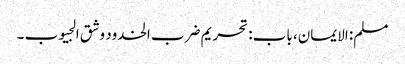
مسلم: الایمان، باب: تحریم ضرب الخدود وشق الجیوب ۔